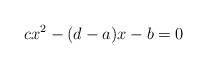
LaTeX: \begin{align*}cx^2-(d-a)x-b=0\end{align*}